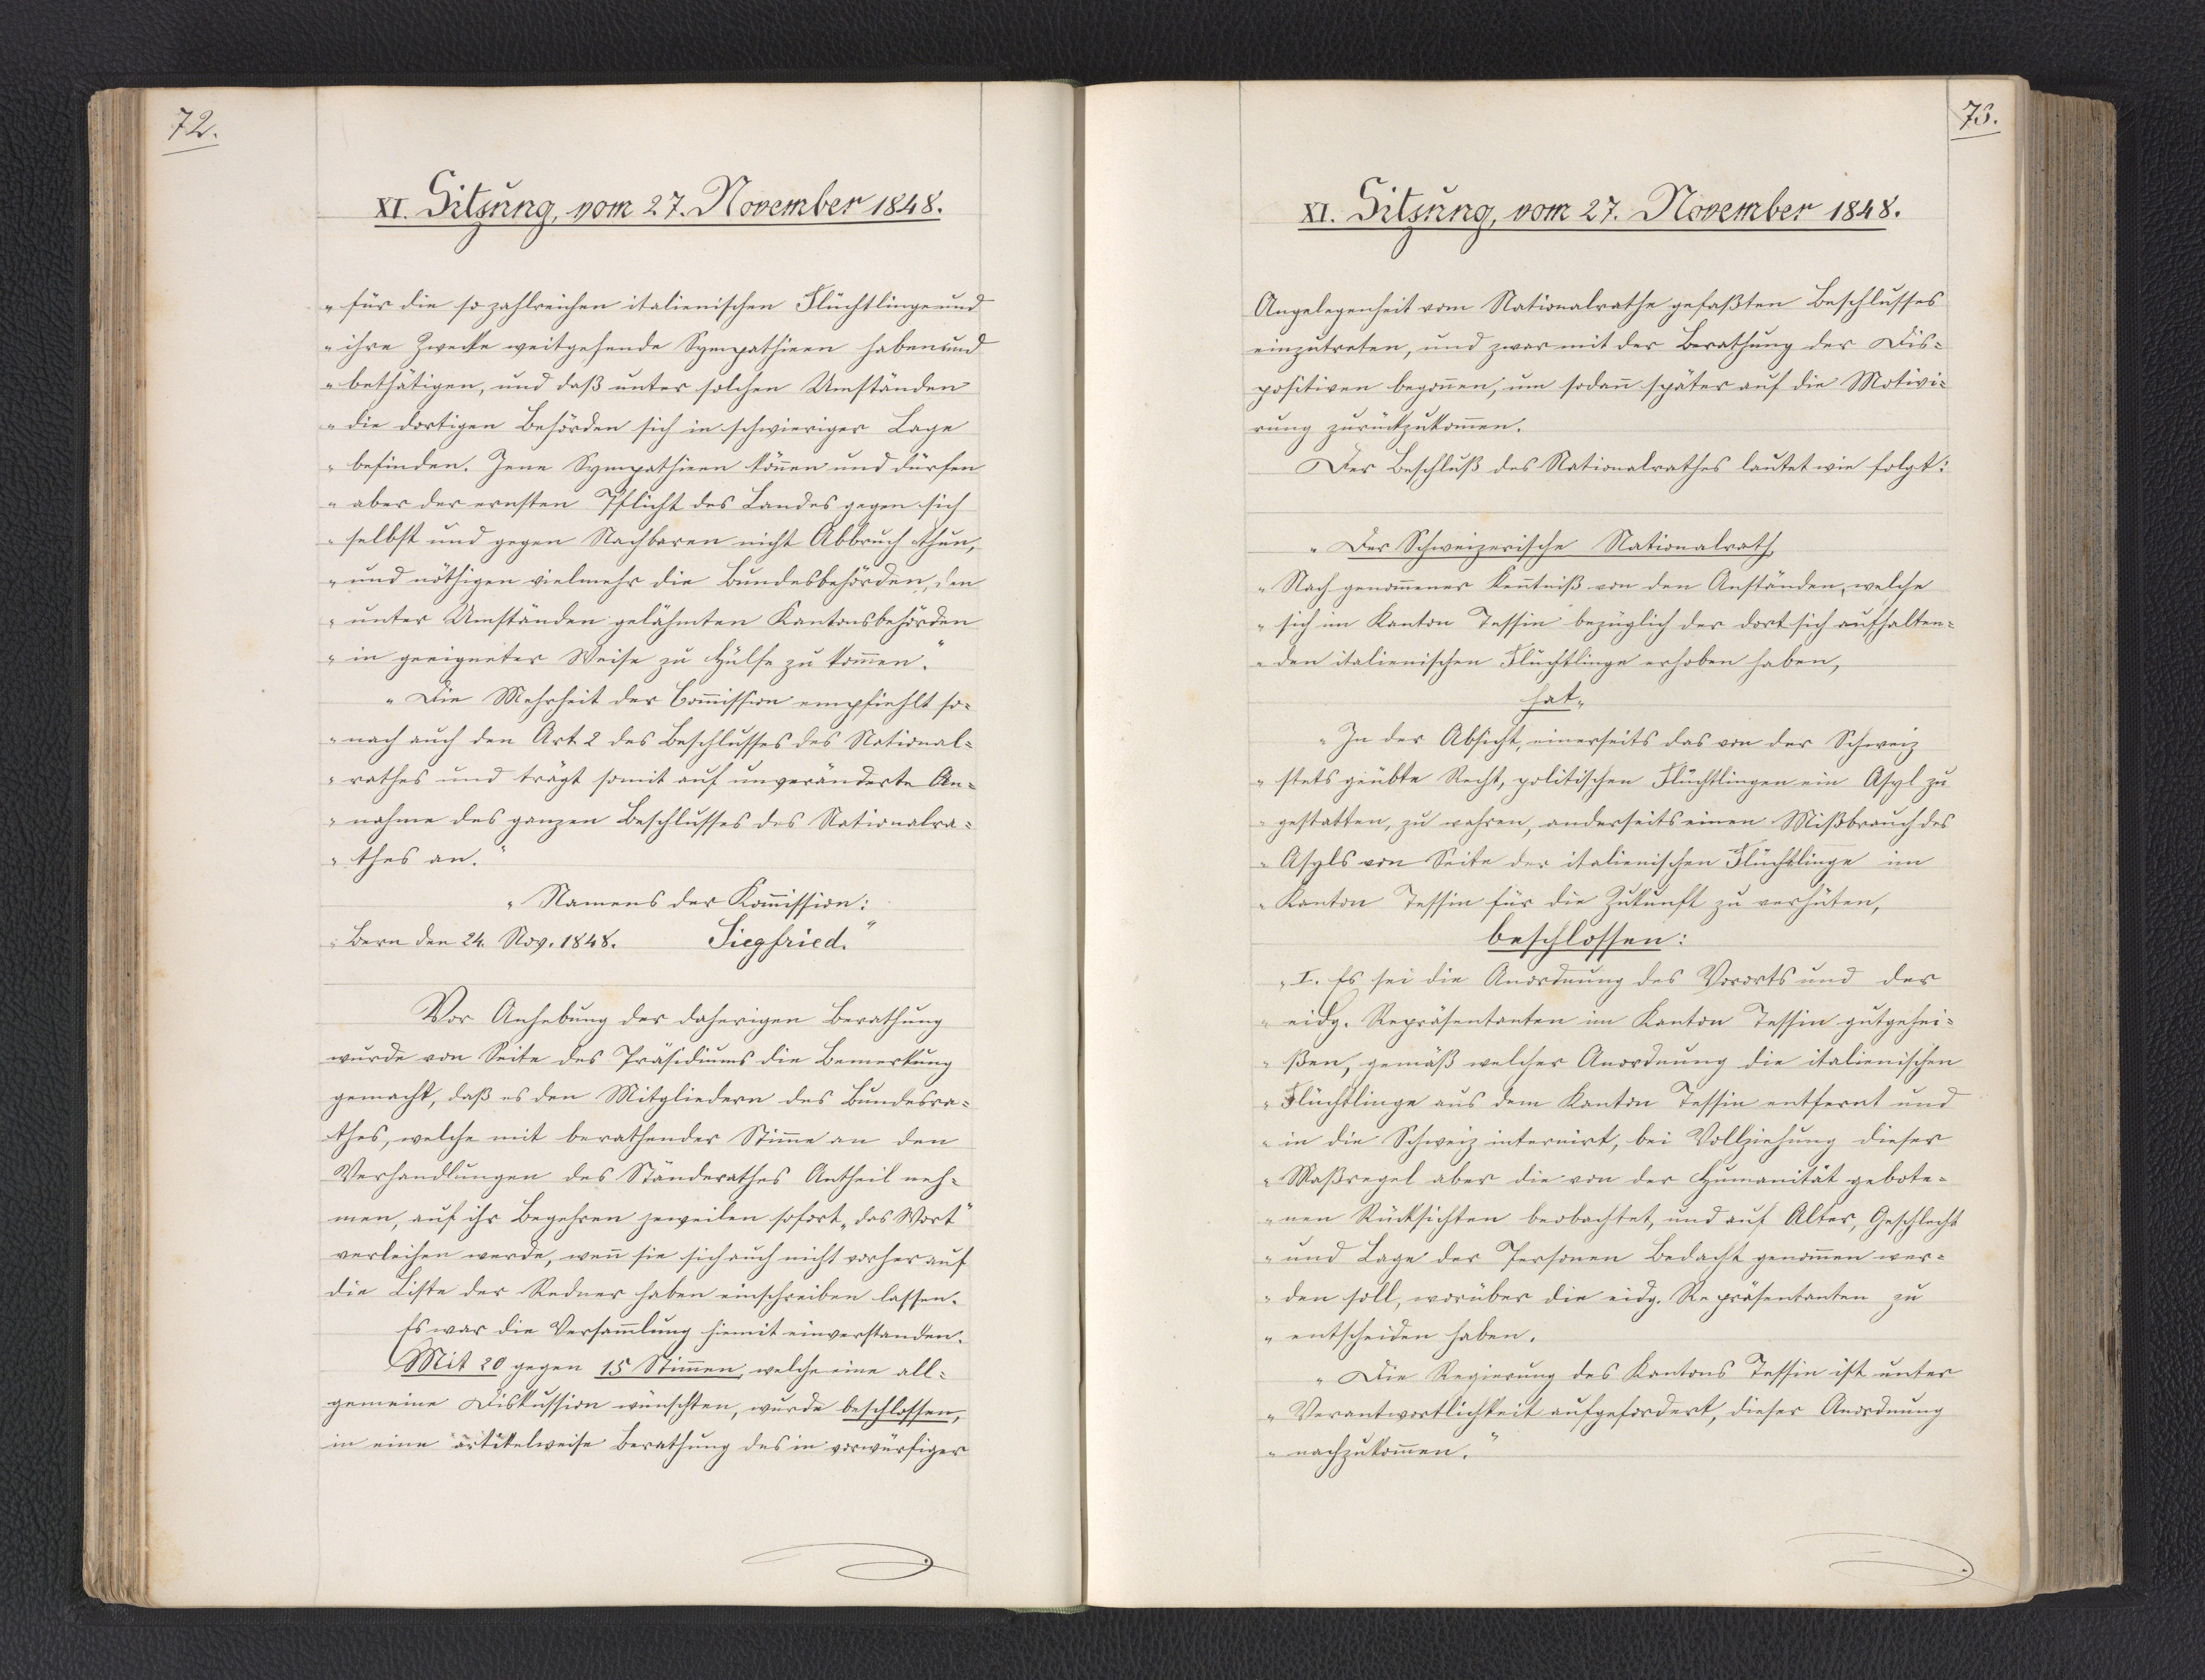
72.

XI. Sitzung, vom 27. November 1848.

für die so zahlreichen italienischen Flüchtlinge und
ihre Zwecke weitgehende Sympathieen haben und
bethätigen, und daß unter solchen Umständen
die dortigen Behörden sich in schwieriger Lage
befinden. Jene Sympathieen können und dürfen
aber der ernsten Pflicht des Landes gegen sich
selbst und gegen Nachbaren nicht Abbruch thun,
und nöthigen vielmehr die Bundesbehörden, den
unter Umständen gelähmten Kantonsbehörden
in geeigneter Weise zu Hülfe zu kommen."
"Die Mehrheit der Commission empfiehlt so¬
nach auch den Art. 2 des Beschlusses des National¬
rathes und trägt somit auf unveränderte An¬
nahme des ganzen Beschlusses des Nationalra¬
thes an."
"Namens der Kommission:
Bern den 24. Nov. 1848.
Siegfriedi."
Vor Anhebung der daherigen Berathung
wurde von Seite des Präsidiums die Bemerkung
gemacht, daß es den Mitgliedern des Bundesra¬
thes, welche mit berathender Stimme an den
Verhandlungen des Ständerathes Antheil neh¬
men, auf ihr Begehren jeweilen sofort "das Wort"
verleihen werde, wenn sie sich auch nicht vorher auf
die Liste der Redner haben einschreiben lassen.
Es war die Versammlung hiemit einverstanden.
Mit 20 gegen 15 Stimmen, welche eine all¬
gemeine Diskussion wünschten, wurde beschlossen,
in eine artikelweise Berathung des in vorwürfiger

73.

XI. Sitzung, vom 27. November 1848.

Angelegenheit vom Nationalrathe gefaßten Beschlusses
einzutreten, und zwar mit der Berathung der Dis¬
positiven begonnen, um sodann später auf die Motivi¬
rung zurückzukommen.
Der Beschluß des Nationalrathes lautet wie folgt:
"Der Schweizerische Nationalrath,
Nach genommener Kenntniß von den Anständen, welche
sich im Kanton Tessin bezüglich der dort sich aufhalten¬
den italienischen Flüchtlinge erhoben haben,
hat
In der Absicht, einerseits das von der Schweiz
stets geübte Recht, politischen Flüchtlingen ein Asyl zu
gestatten, zu wahren, anderseits einen Mißbrauch des
Asyls von Seite der italienischen Flüchtlinge im
Kanton Tessin für die Zukunft zu verhüten,
beschlossen:
I. Es sei die Anordnung des Vororts und der
eidg. Repräsentanten im Kanton Tessin gutgehei¬
ßen, gemäß welcher Anordnung die italienischen
Flüchtlinge aus dem Kanton Tessin entfernt und
in die Schweiz internirt, bei Vollziehung dieser
Maßregel aber die von der Humanität gebote¬
nen Rücksichten beobachtet, und auf Alter, Geschlecht
und Lage der Personen Bedacht genommen wer¬
den soll, worüber die eidg. Repräsentanten zu
entscheiden haben.
Die Regierung des Kantons Tessin ist unter
Verantwortlichkeit aufgefordert, dieser Anordnung
nachzukommen."